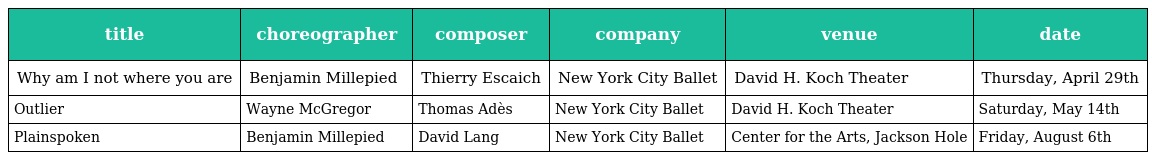
| title | choreographer | composer | company | venue | date |
 | --- | --- | --- | --- | --- | --- |
 | Why am I not where you are | Benjamin Millepied | Thierry Escaich | New York City Ballet | David H. Koch Theater | Thursday, April 29th |
 | Outlier | Wayne McGregor | Thomas Adès | New York City Ballet | David H. Koch Theater | Saturday, May 14th |
 | Plainspoken | Benjamin Millepied | David Lang | New York City Ballet | Center for the Arts, Jackson Hole | Friday, August 6th |